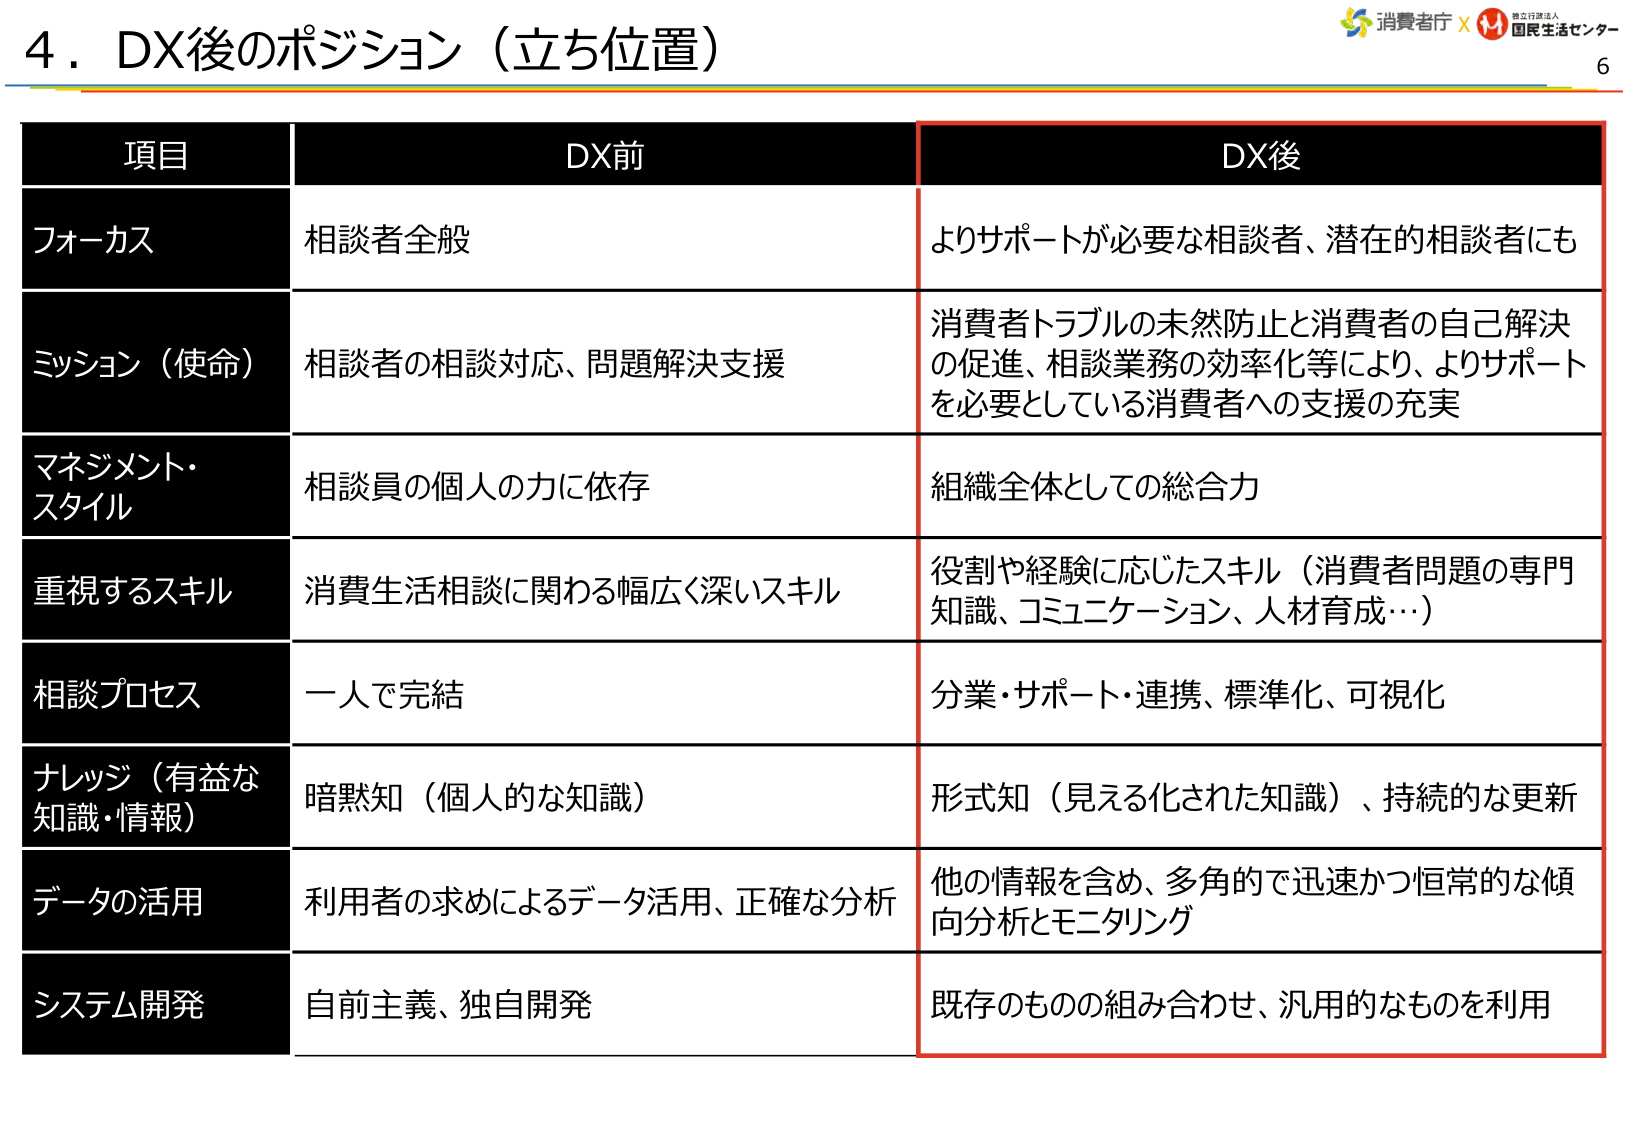
4．DX後のポジション（立ち位置）

項目	DX前	DX後
フォーカス	相談者全般	よりサポートが必要な相談者、潜在的相談者にも
ミッション（使命）	相談者の相談対応、問題解決支援	消費者トラブルの未然防止と消費者の自己解決の促進、相談業務の効率化等により、よりサポートを必要としている消費者への支援の充実
マネジメント・スタイル	相談員の個人の力に依存	組織全体としての総合力
重視するスキル	消費生活相談に関わる幅広く深いスキル	役割や経験に応じたスキル（消費者問題の専門知識、コミュニケーション、人材育成…）
相談プロセス	一人で完結	分業・サポート・連携、標準化、可視化
ナレッジ（有益な知識・情報）	暗黙知（個人的な知識）	形式知（見える化された知識）、持続的な更新
データの活用	利用者の求めによるデータ活用、正確な分析	他の情報を含め、多角的で迅速かつ恒常的な傾向分析とモニタリング
システム開発	自前主義、独自開発	既存のものの組み合わせ、汎用的なものを利用

消費者庁 × 独立行政法人 国民生活センター
6